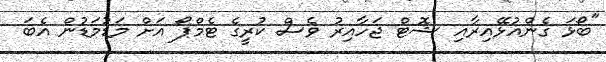
"ބޯޅަ ގެންއުޅޭއިރާއި ޝޮޓް ޖަހާއިރު ވެސް ކުރީގެ ޓެމްޕޯ އަށް މަޑުމަޑުން އެބަ